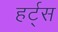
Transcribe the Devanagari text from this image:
हर्ट्‌स